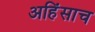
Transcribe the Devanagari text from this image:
अहिंसाच